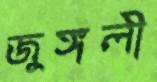
জুঙ্গলী